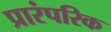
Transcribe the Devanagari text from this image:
प्रारंपरिक